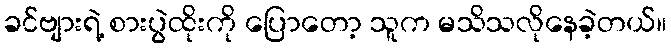
ခင်ဗျားရဲ့ စားပွဲထိုးကို ပြောတော့ သူက မသိသလိုနေခဲ့တယ်။